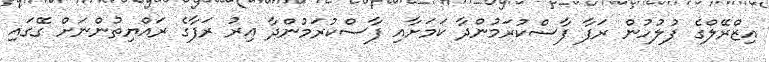
އިޒްރޭލްގެ ފުލުހުން ރަފާ ފާސްކުރަމުންދާ ކަމަށާއި ފާސްކުރަމުންދާ އިރު ރަފާގެ ރައްޔިތުންނަށް ގޭގައި